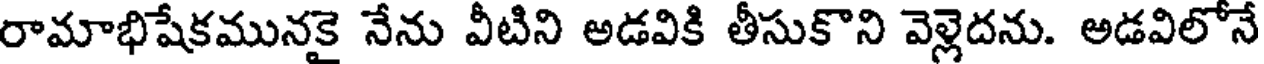
రామాభిషేకమునకై నేను వీటిని అడవికి తీసుకొని వెల్లెదను. అడవిలోనే